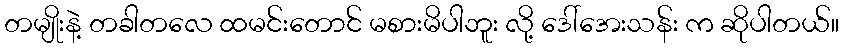
တမျိုးနဲ့ တခါတလေ ထမင်းတောင် မစားမိပါဘူး လို့ ဒေါ်အေးသန်း က ဆိုပါတယ်။